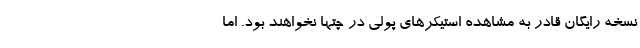
نسخه رایگان قادر به مشاهده استیکرهای پولی در چتها نخواهند بود. اما